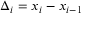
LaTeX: \Delta _ { i } = x _ { i } - x _ { i - 1 }